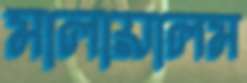
মালায়ালম